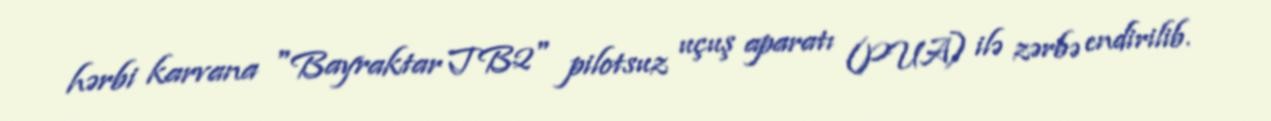
hərbi karvana "Bayraktar TB2" pilotsuz uçuş aparatı (PUA) ilə zərbə endirilib.